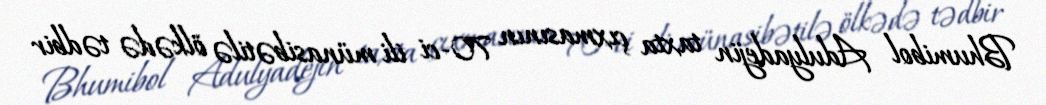
Bhumibol Adulyadejin taxta çıxmasının 70-ci ili münasibətilə ölkədə tədbir